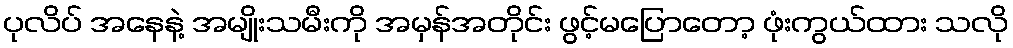
ပုလိပ် အနေနဲ့ အမျိုးသမီးကို အမှန်အတိုင်း ဖွင့်မပြောတော့ ဖုံးကွယ်ထား သလို